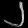
Digit: ၂